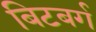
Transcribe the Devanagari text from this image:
बिटबर्ग